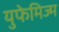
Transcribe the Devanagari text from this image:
युफेमिज्म